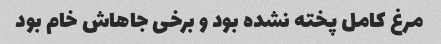
مرغ کامل پخته نشده بود و برخی جاهاش خام بود